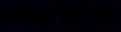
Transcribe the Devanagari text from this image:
जसवंतसिह